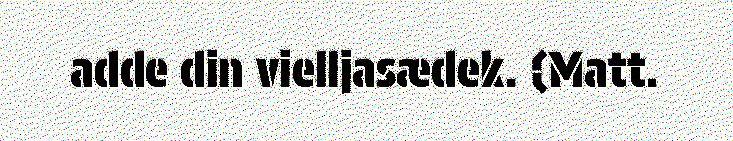
adde din vielljasædek. (Matt.